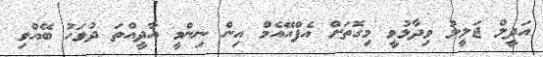
އަދީލް ޖަލީލު ވިދާޅުވީ މިގޮތަށް އެފްއޭއެމް އިން ނިންމީ އާދީއްތަ ދުވަހު ބޭއްވި